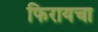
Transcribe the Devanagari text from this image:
फिरायचा